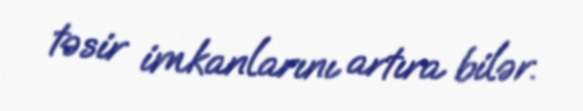
təsir imkanlarını artıra bilər.